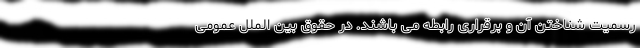
رسمیت شناختن آن و برقراری رابطه می باشند. در حقوق بین الملل عمومی